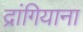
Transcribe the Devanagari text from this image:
द्रांगियाना